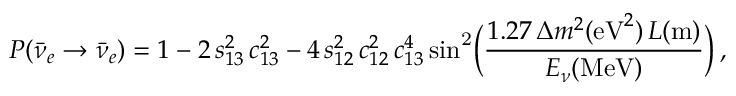
P ( \bar { \nu } _ { e } \rightarrow \bar { \nu } _ { e } ) = 1 - 2 \, s _ { 1 3 } ^ { 2 } \, c _ { 1 3 } ^ { 2 } - 4 \, s _ { 1 2 } ^ { 2 } \, c _ { 1 2 } ^ { 2 } \, c _ { 1 3 } ^ { 4 } \, \mathrm { { s i n } ^ { 2 } } \bigg ( { \frac { 1 . 2 7 \, \Delta m ^ { 2 } ( { \mathrm { e V } ^ { 2 } } ) \, L ( \mathrm { { m } } ) } { E _ { \nu } ( { \mathrm { M e V } } ) } } \bigg ) \, ,